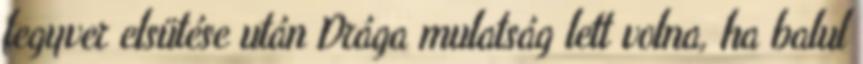
fegyver elsütése után Drága mulatság lett volna, ha balul